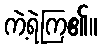
ကဲ့ရဲကြ၏။